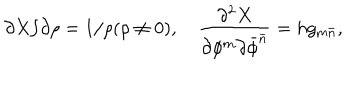
{ \partial X / \partial \rho } = 1 / \rho ( \rho \neq 0 ) , \quad \frac { \partial ^ { 2 } X } { \partial \phi ^ { m } \partial { \bar { \phi } } ^ { \bar { n } } } = h g _ { m { \bar { n } } } ,